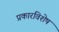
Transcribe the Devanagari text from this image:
प्रकारविशेष